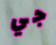
جي